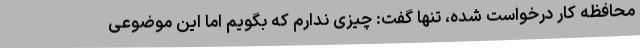
محافظه کار درخواست شده، تنها گفت: چیزی ندارم که بگویم اما این موضوعی